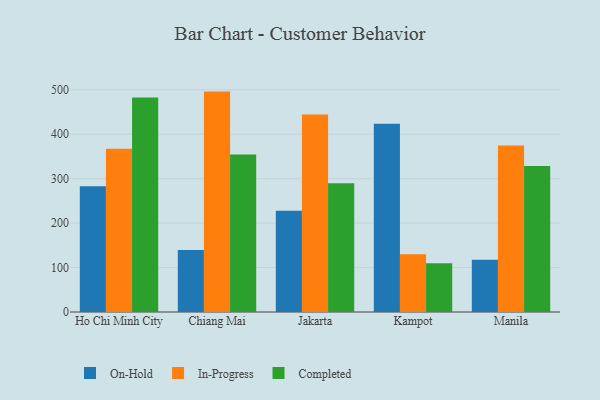
{"axis": {"x": "City", "y": "Conversion Rate (%)"}, "legend": ["Completed", "In-Progress", "On-Hold"], "data": [{"x": "Ho Chi Minh City", "y": 282.7, "type": "On-Hold"}, {"x": "Ho Chi Minh City", "y": 367.2, "type": "In-Progress"}, {"x": "Ho Chi Minh City", "y": 482.6, "type": "Completed"}, {"x": "Chiang Mai", "y": 139.7, "type": "On-Hold"}, {"x": "Chiang Mai", "y": 495.9, "type": "In-Progress"}, {"x": "Chiang Mai", "y": 354.5, "type": "Completed"}, {"x": "Jakarta", "y": 227.8, "type": "On-Hold"}, {"x": "Jakarta", "y": 444.6, "type": "In-Progress"}, {"x": "Jakarta", "y": 289.9, "type": "Completed"}, {"x": "Kampot", "y": 423.4, "type": "On-Hold"}, {"x": "Kampot", "y": 130.1, "type": "In-Progress"}, {"x": "Kampot", "y": 109.9, "type": "Completed"}, {"x": "Manila", "y": 117.8, "type": "On-Hold"}, {"x": "Manila", "y": 374.8, "type": "In-Progress"}, {"x": "Manila", "y": 328.3, "type": "Completed"}]}